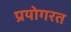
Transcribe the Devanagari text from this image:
प्रयोगरत